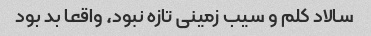
سالاد کلم و سیب زمینى تازه نبود، واقعا بد بود